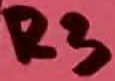
Text: R3